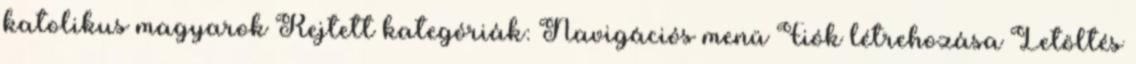
katolikus magyarok Rejtett kategóriák: Navigációs menü Fiók létrehozása Letöltés